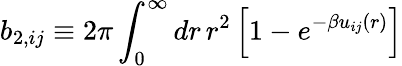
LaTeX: b_{2,ij}\equiv 2\pi\int_{0}^{\infty}dr\, r^{2}\left[1-e^{-\beta u_{ij}(r)}\right]